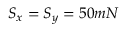
S _ { x } = S _ { y } = 5 0 m N